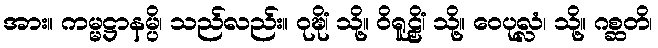
အား။ ကမ္မဋ္ဌာနမ္ပိ၊ သည်လည်း။ ဝုဍ္ဎိံ၊ သို့။ ဝိရူဠှိံ၊ သို့။ ဝေပုလ္လံ၊ သို့။ ဂစ္ဆတိ၊